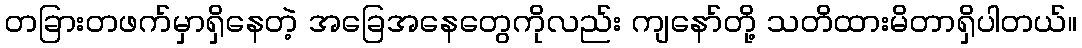
တခြားတဖက်မှာရှိနေတဲ့ အခြေအနေတွေကိုလည်း ကျနော်တို့ သတိထားမိတာရှိပါတယ်။